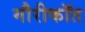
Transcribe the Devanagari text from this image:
गौरीकॉत